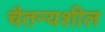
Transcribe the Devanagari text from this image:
चैतन्यशील